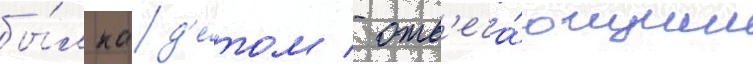
бы́л кад'е́том / отв'еча́ющим